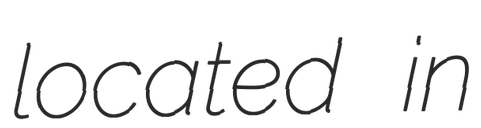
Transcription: located in